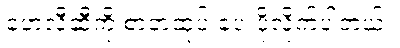
ဟေလီဆီကို စာတထုပ် ပေးပို့လိုက်ပါတယ်။